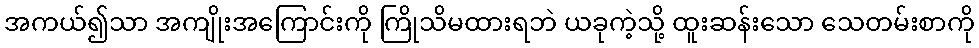
အကယ်၍သာ အကျိုးအကြောင်းကို ကြိုသိမထားရဘဲ ယခုကဲ့သို့ ထူးဆန်းသော သေတမ်းစာကို